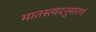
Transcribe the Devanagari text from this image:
मातस्त्वदनुसरणं